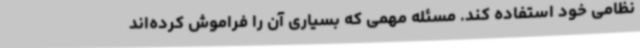
نظامی خود استفاده کند. مسئله مهمی که بسیاری آن را فراموش کرده‌اند